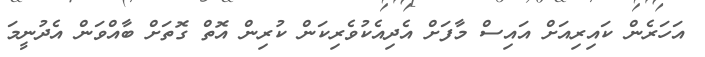
އަހަރެން ކައިރިއަށް އައިސް މާފަށް އެދިއެކުވެރިކަން ކުރިން އޮތް ގޮތަށް ބާއްވަން އެދުނީމަ